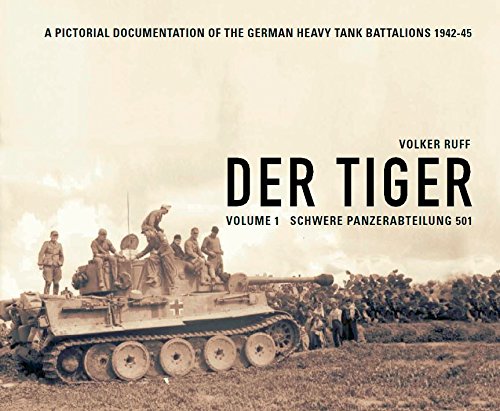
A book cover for Der Tiger: Vol. 1: Schwere Panzer Abteilung 501 (English and German Edition); Volker Ruff; History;